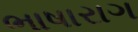
ભાષારાગ